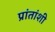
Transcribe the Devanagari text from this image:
प्रांतांशी